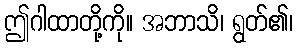
ဤဂါထာတို့ကို။ အဘာသိ၊ ရွတ်၏၊